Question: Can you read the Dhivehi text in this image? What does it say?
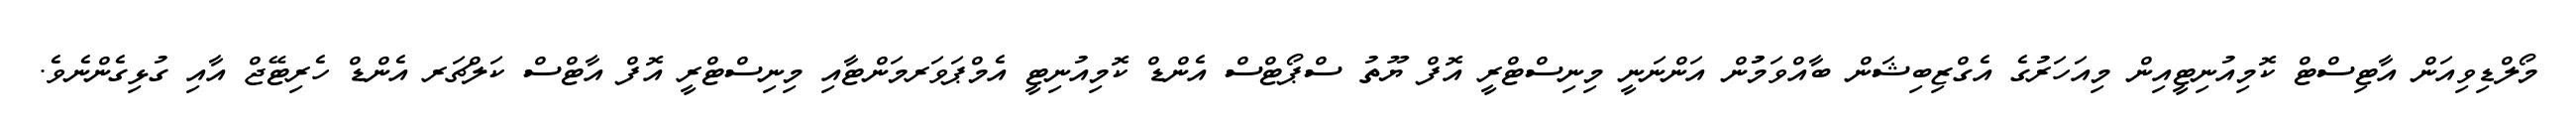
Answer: މޯލްޑިވިއަން އާޓިސްޓް ކޮމިއުނިޓީއިން މިއަހަރުގެ އެގްޒިބިޝަން ބާއްވަމުުން އަންނަނީ މިނިސްޓްރީ އޮފް ޔޫތު ސްޕޯޓްސް އެންޑް ކޮމިއުނިޓީ އެމްޕަވަރމަންޓާއި މިނިސްޓްރީ އޮފް އާޓްސް ކަލްޗަރ އެންޑް ހެރިޓޭޖް އާއި ގުޅިގެންނެވެ.